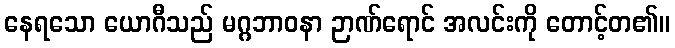
နေရသော ယောဂီသည် မဂ္ဂဘာဝနာ ဉာဏ်ရောင် အလင်းကို တောင့်တ၏။